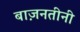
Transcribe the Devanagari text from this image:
बाज़नतीनी